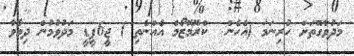
މަދުވާގޮތަށް ހުރިނަމަ (އެހެން  ކްރޮމޮޒޯމް އެއްނެތި ) ޖީ6ޕީޑީ މަދުވުމުން ދިމާވާ